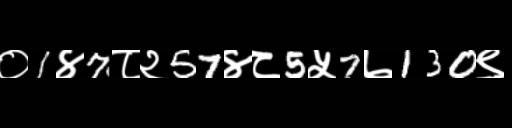
Text: ०1४7८२57४८5५7७130९